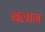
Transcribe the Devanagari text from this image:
बलाग